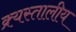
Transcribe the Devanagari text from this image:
क्र्यस्तालीय